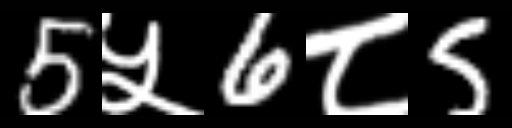
Text: 5५6८5